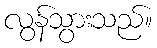
လွန်သွားသည်။